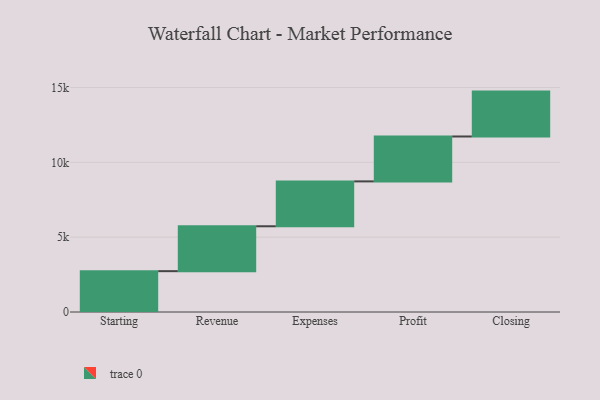
{"axis": {"x": "Step", "y": "Value"}, "legend": [""], "data": [{"x": "Starting", "y": 2729.0, "type": ""}, {"x": "Revenue", "y": 3000, "type": ""}, {"x": "Expenses", "y": 3000, "type": ""}, {"x": "Profit", "y": 3000, "type": ""}, {"x": "Closing", "y": 3000, "type": ""}]}